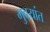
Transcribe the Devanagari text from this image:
भुवयांत